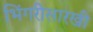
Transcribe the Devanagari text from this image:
भिंगरीसारखी